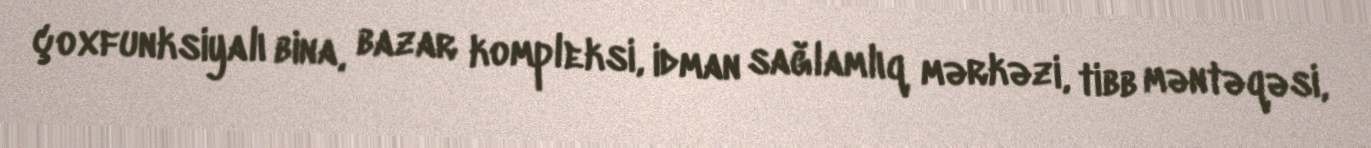
çoxfunksiyalı bina, bazar kompleksi, idman sağlamlıq mərkəzi, tibb məntəqəsi,